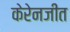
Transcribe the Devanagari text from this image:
केरेनजीत